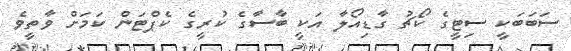
ސަބަބަކީ ސިޓީގެ ކޯޗު ގާޑިއޯލާ އަކީ ބާސާގެ ކުރީގެ ކެޕްޓަން ކަމަށް ވާތީވެ